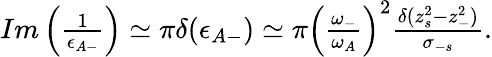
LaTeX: \begin{array}{r}{Im\left(\frac{1}{\epsilon_{A-}}\right)\simeq\pi\delta(\epsilon_{A-})\simeq\pi\left(\frac{\omega_{-}}{\omega_{A}}\right)^{2}\frac{\delta(z_{s}^{2}-z_{-}^{2})}{\sigma_{-s}}.}\end{array}